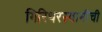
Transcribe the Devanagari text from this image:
गिरिधरस्वामींची